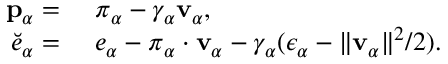
\begin{array} { r l } { \mathbf { p } _ { \alpha } = } & { ~ \boldsymbol { \pi } _ { \alpha } - \gamma _ { \alpha } \mathbf { v } _ { \alpha } , } \\ { \breve { e } _ { \alpha } = } & { ~ e _ { \alpha } - \boldsymbol { \pi } _ { \alpha } \cdot \mathbf { v } _ { \alpha } - \gamma _ { \alpha } ( \epsilon _ { \alpha } - \| \mathbf { v } _ { \alpha } \| ^ { 2 } / 2 ) . } \end{array}